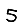
Digit: 5